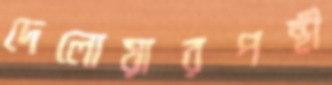
দেলোয়ারপন্থী